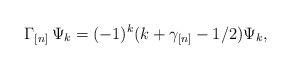
LaTeX: \begin{align*}\Gamma_{[n]}\,\Psi_{k}=(-1)^{k}(k+\gamma_{[n]}-1/2)\Psi_{k},\end{align*}